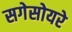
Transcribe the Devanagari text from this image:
सगेसोयरे